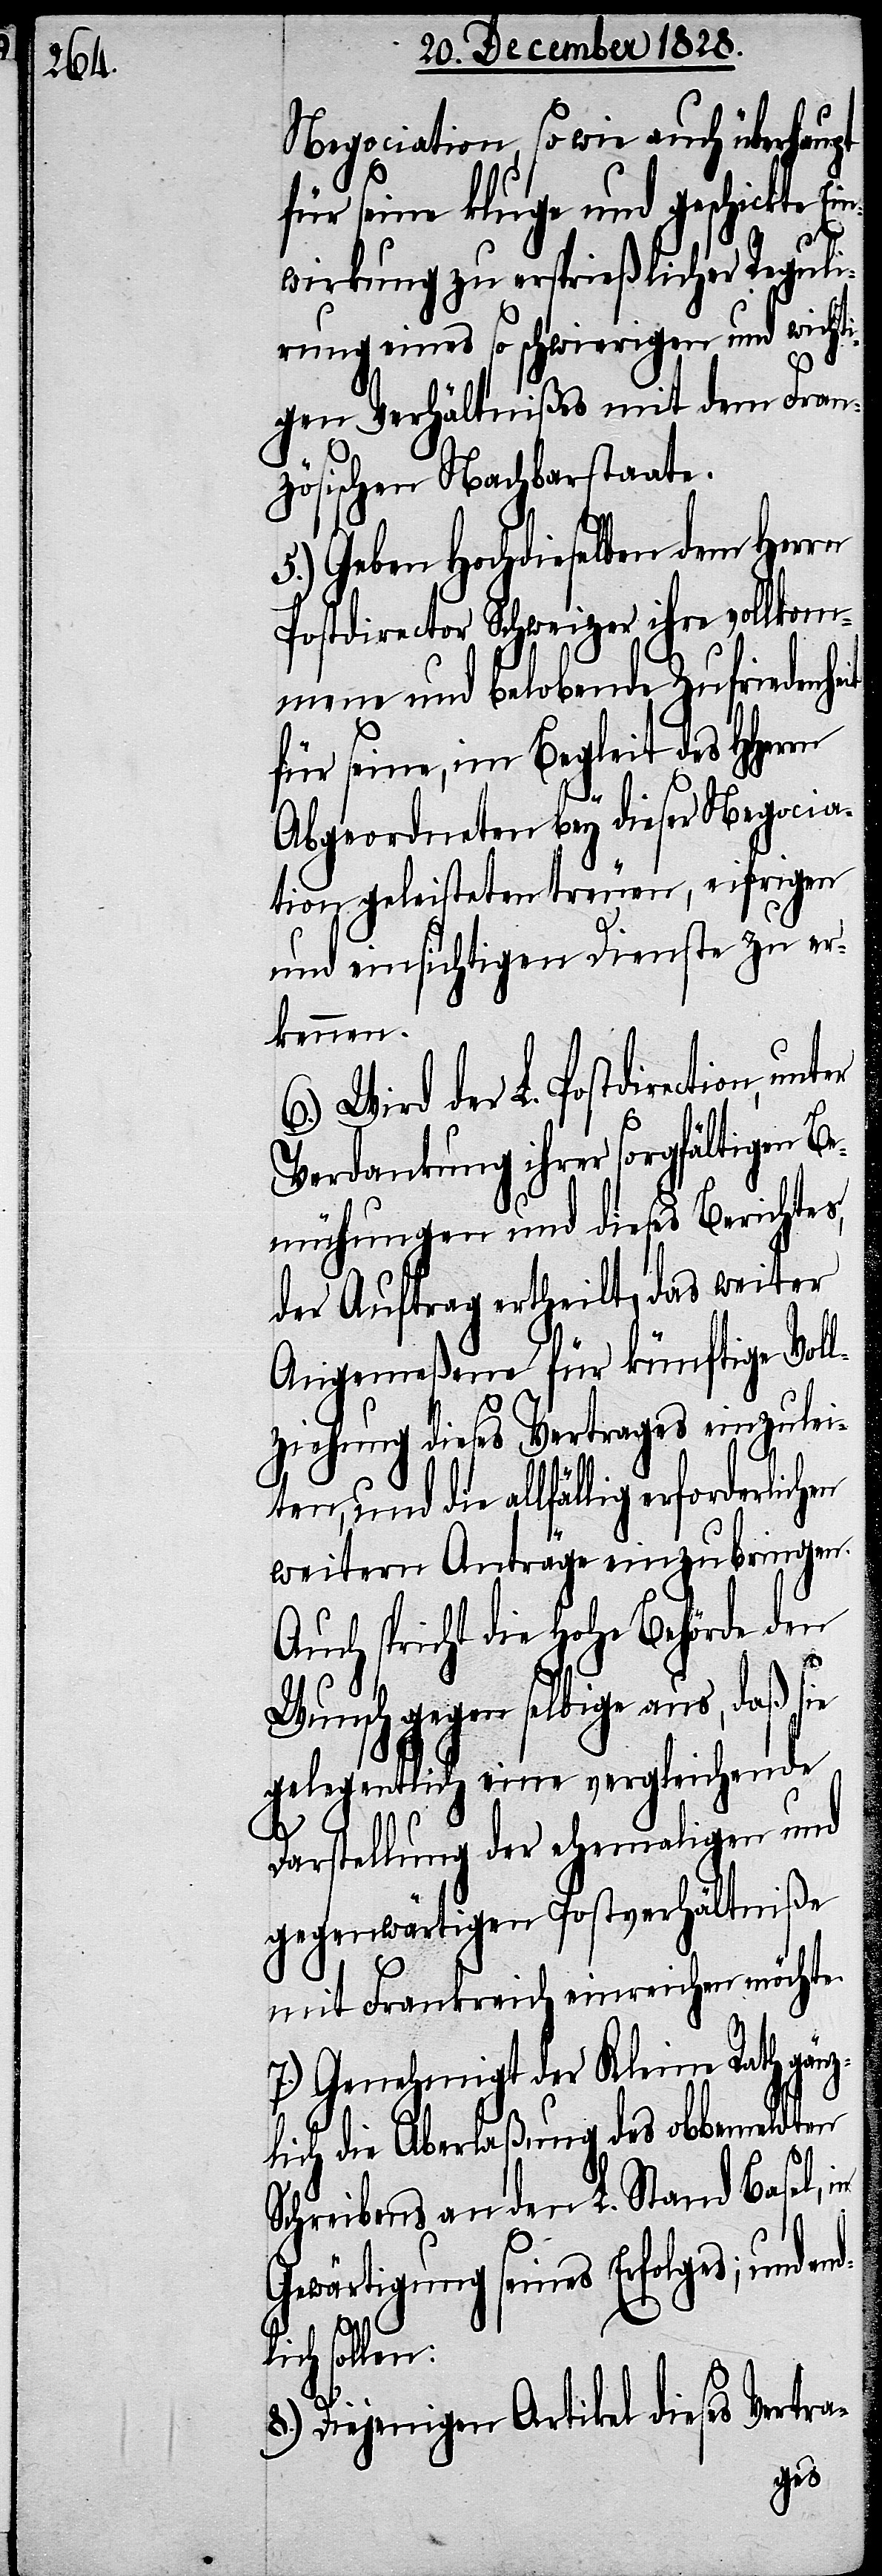
Negociation, so wie auch überhaupt
für seine kluge und geschickte Ei¬
nwirkung zu ersprießlicher Reguli¬
rung eine so schwierigen und wichti¬
gen Verhältnißes mit dem Fran¬
zösischen Nachbarstaate.
5.) Geben Hochdieselben dem Herrn
Postdirector Schweizer ihre vollkom¬
mene und belobende Zufriedenh¬
für seine, im Begleit des HHer¬
Abgeordneten bey dieser Negocia¬
tion geleisteten treuen, eifrigen
und einsichtigen Dienste zu er¬
kennen.
6.) Wird der L. Postdirection,
Verdankung ihrer sorgfältigen Be¬
mühungen und dieses Berichtes,
der Auftrag ertheilt, das weiter
Angemeßene für künftige Vol¬
lziehung dieses Vertrages einzulei¬
und die allfällig erforderlichen
weitern Anträge einzubringen.
Auch spricht die Hohe Behörde den
Wunsch gegen selbige aus, daß sie
gelegentlich eine vergleichende
Darstellung der ehemaligen und
gegenwärtigen Postverhältniße
rn
mit Frankreich einreichen möchte.
7.) Genehmigt der Kleine Rath gänz¬
lich die Aberlaßung des obbemeldten
Schreibens an den L. Stand Basel, in
Gewärtigung seines Erfolges; und
ich sollen:
8.) Diejenigen Artikel dieses Vertra-
endl¬